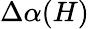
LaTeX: \Delta\alpha(H)